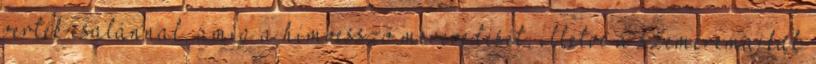
verték csalánnal, amíg a hímvessző merevedését, illetve a szeméremajkak